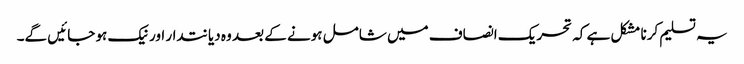
یہ تسلیم کرنا مشکل ہے کہ تحریک انصاف میں شامل ہونے کے بعد وہ دیانتدار اور نیک ہو جائیں گے۔